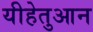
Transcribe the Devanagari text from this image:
यीहेतुआन